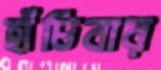
হাঁচিবার